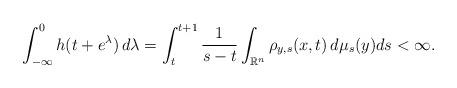
LaTeX: \begin{align*}\int _{-\infty} ^0 h(t+e^\lambda)\, d\lambda=\int _t ^{t+1} \frac{1}{s-t} \int _{\mathbb{R}^n} \rho _{y,s} (x,t) \, d\mu _s (y) ds <\infty.\end{align*}